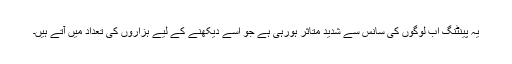
یہ پینٹنگ اب لوگوں کی سانس سے شدید متاثر ہورہی ہے جو اسے دیکھنے کے لیے ہزاروں کی تعداد میں آتے ہیں۔